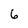
Character: 6